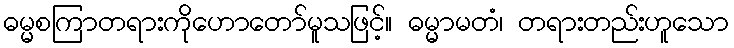
ဓမ္မစကြာတရားကိုဟောတော်မူသဖြင့်။ ဓမ္မာမတံ၊ တရားတည်းဟူသော